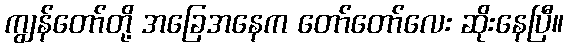
ကျွန်တော်တို့ အခြေအနေက တော်တော်လေး ဆိုးနေပြီ။